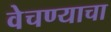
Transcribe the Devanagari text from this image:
वेचण्याचा